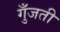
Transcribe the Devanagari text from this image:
गुँजती